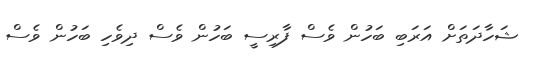
ޝަހާދަތަށް އަރަބި ބަހުން ވެސް ފާރިސީ ބަހުން ވެސް ދިވެހި ބަހުން ވެސް